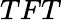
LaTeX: TFT